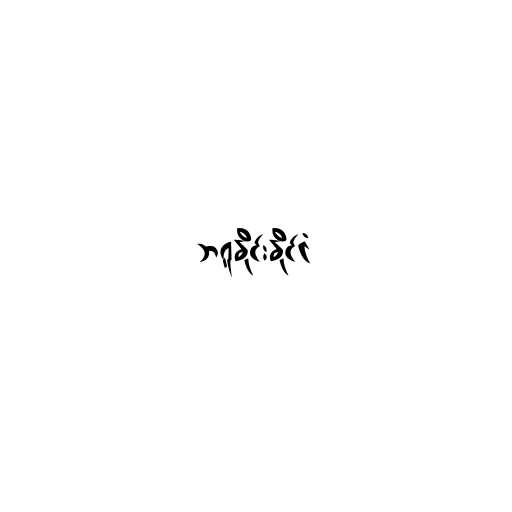
ဘရူနိုင်းနိုင်ငံ